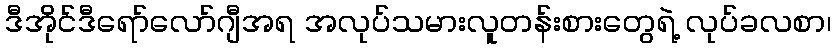
ဒီအိုင်ဒီရော်လော်ဂျီအရ အလုပ်သမားလူတန်းစားတွေရဲ့ လုပ်ခလစာ၊